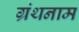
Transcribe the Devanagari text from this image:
ग्रंथनाम